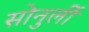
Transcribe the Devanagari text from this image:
सोनुर्ली